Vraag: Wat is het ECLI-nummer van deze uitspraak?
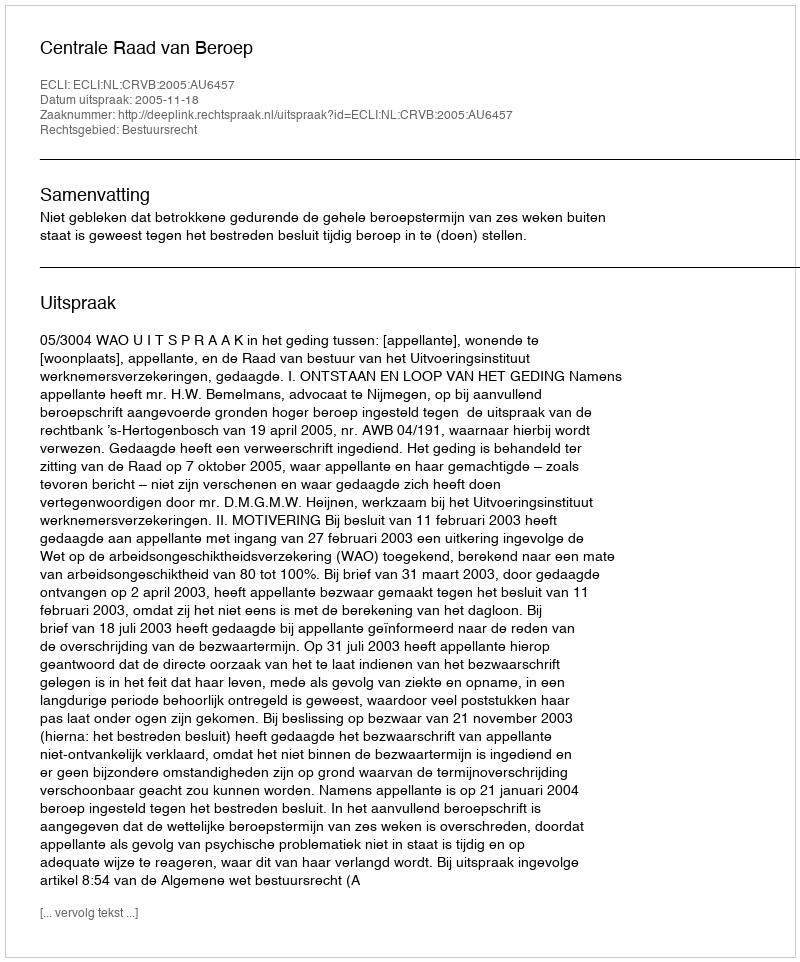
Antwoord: ECLI:NL:CRVB:2005:AU6457